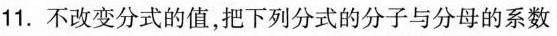
11.不改变分式的值，把下列分式的分子与分母的系数